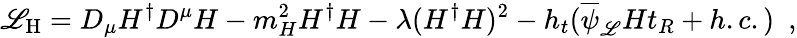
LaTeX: {\cal\mathscr{L}}_{\mathrm{{H}}}=D_{\mu}H^{\dagger}D^{\mu}H-m_{H}^{2}H^{\dagger}H-\lambda(H^{\dagger}H)^{2}-h_{t}(\overline{{{{\psi}}}}_{\mathscr{L}}Ht_{R}+h.c.)\, \, \, ,